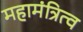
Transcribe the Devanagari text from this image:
महामंत्रित्व